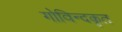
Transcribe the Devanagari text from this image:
गोविन्दकृत